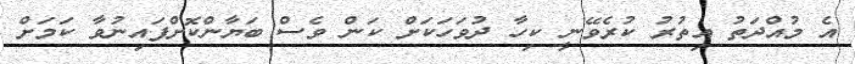
އެ މުއްދަތު އިތުރު ކުރެވޭނީ ކިހާ ދުވަހަކަށް ކަން ވެސް ބަޔާންކޮށްފައިނުވާ ކަމަށް